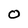
Character: O